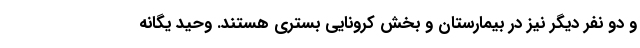
و دو نفر دیگر نیز در بیمارستان و بخش کرونایی بستری هستند. وحید یگانه